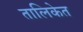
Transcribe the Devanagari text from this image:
तालिकेत